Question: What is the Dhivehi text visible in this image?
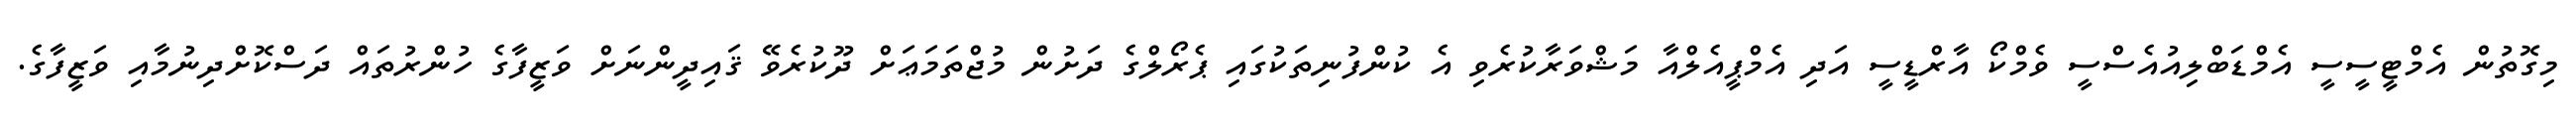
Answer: މިގޮތުން އެމްޓީސީސީ އެމްޑަބްލިއުއެސްސީ ވެމްކޯ އާރްޑީސީ އަދި އެމްޕީއެލްއާ މަޝްވަރާކުރެވި އެ ކުންފުނިތަކުގައި ޕެރޯލްގެ ދަށުން މުޖްތަމަޢަށް ދޫކުރެވޭ ޤައިދީންނަށް ވަޒީފާގެ ހުންރުތައް ދަސްކޮށްދިނުމާއި ވަޒީފާގެ.